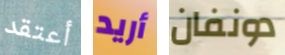
أعتقد أريد دونفان